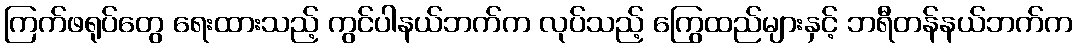
ကြက်ဖရုပ်တွေ ရေးထားသည့် ကွင်ပါနယ်ဘက်က လုပ်သည့် ကြွေထည်များနှင့် ဘရီတန်နယ်ဘက်က